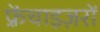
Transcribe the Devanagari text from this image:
फ़्रेंचाइज़रों